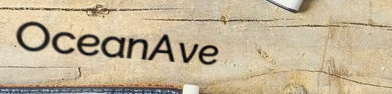
OceanAve